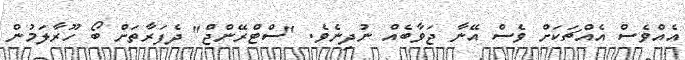
އެއްވެސް އެއްޗަކަށް ވެސް އޭނާ ޖަވާބެއް ނުދިނެވެ. "ސްޓްރޭންޖް" ދެފަރާތަށް ބޯ ހޫރާލަމުން